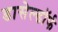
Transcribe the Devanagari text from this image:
डासेल्डॉर्फ